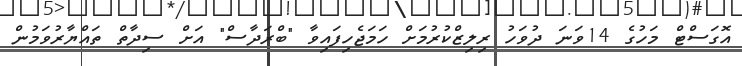
އޮގަސްޓް މަހުގެ 14ވަނަ ދުވަހު ރިލިޒްކުރުމަށް ހަމަޖެހިފައިވާ "ބްރަދާސް" އަށް ސިދާތް ތައްޔާރުވަމުން